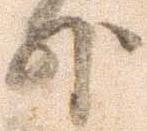
外